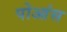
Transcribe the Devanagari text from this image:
पोआंस